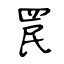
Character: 罠